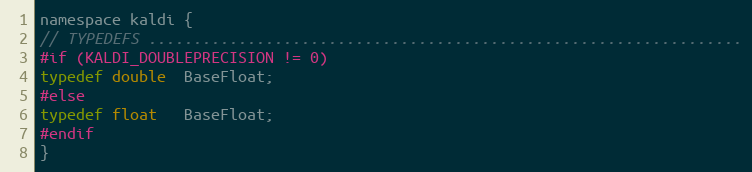
Language: C
namespace kaldi {
// TYPEDEFS ..................................................................
#if (KALDI_DOUBLEPRECISION != 0)
typedef double  BaseFloat;
#else
typedef float   BaseFloat;
#endif
}